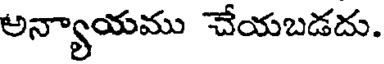
అన్యాయము చేయబడదు.